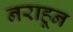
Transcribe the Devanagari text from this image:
नराहून